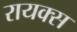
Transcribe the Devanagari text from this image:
रायक्स